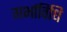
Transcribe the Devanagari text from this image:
गर्भाविधि